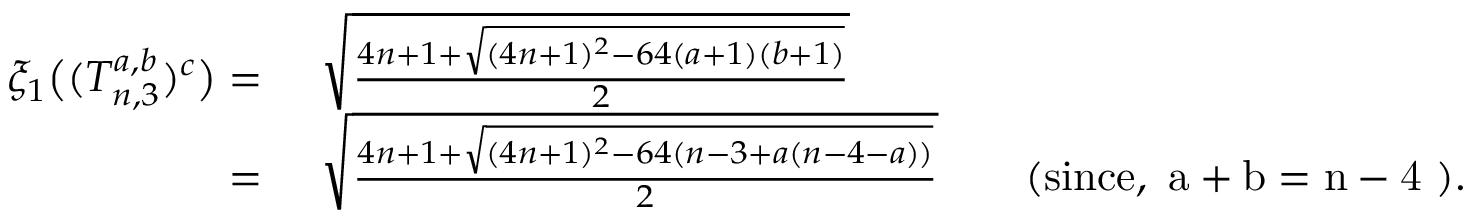
\begin{array} { r l } { \xi _ { 1 } \big ( ( T _ { n , 3 } ^ { a , b } ) ^ { c } \big ) = } & { ~ \sqrt { \frac { 4 n + 1 + \sqrt { ( 4 n + 1 ) ^ { 2 } - 6 4 ( a + 1 ) ( b + 1 ) } } { 2 } } } \\ { = } & { ~ \sqrt { \frac { 4 n + 1 + \sqrt { ( 4 n + 1 ) ^ { 2 } - 6 4 ( n - 3 + a ( n - 4 - a ) ) } } { 2 } } \qquad \mathrm { ( s i n c e , ~ a + b = n - 4 ~ ) } . } \end{array}